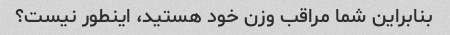
بنابراین شما مراقب وزن خود هستید، اینطور نیست؟